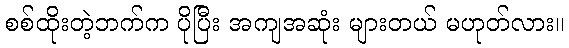
စစ်ထိုးတဲ့ဘက်က ပိုပြီး အကျအဆုံး များတယ် မဟုတ်လား။